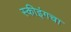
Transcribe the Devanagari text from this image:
स्कीइंगचा